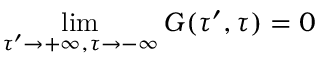
\operatorname * { l i m } _ { \tau ^ { \prime } \rightarrow + \infty , \tau \rightarrow - \infty } G ( \tau ^ { \prime } , \tau ) = 0